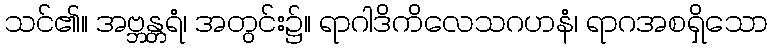
သင်၏။ အဗ္ဘန္တရံ၊ အတွင်း၌။ ရာဂါဒိကိလေသဂဟနံ၊ ရာဂအစရှိသော